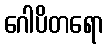
ဂေါပိတရော